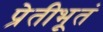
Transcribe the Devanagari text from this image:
प्रेतीभूतं